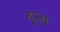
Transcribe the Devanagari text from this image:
वुत्स